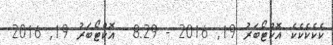
ކެކެކެކެކެ އޮކްޓޯބަރު 19